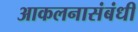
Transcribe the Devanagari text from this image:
आकलनासंबंधी